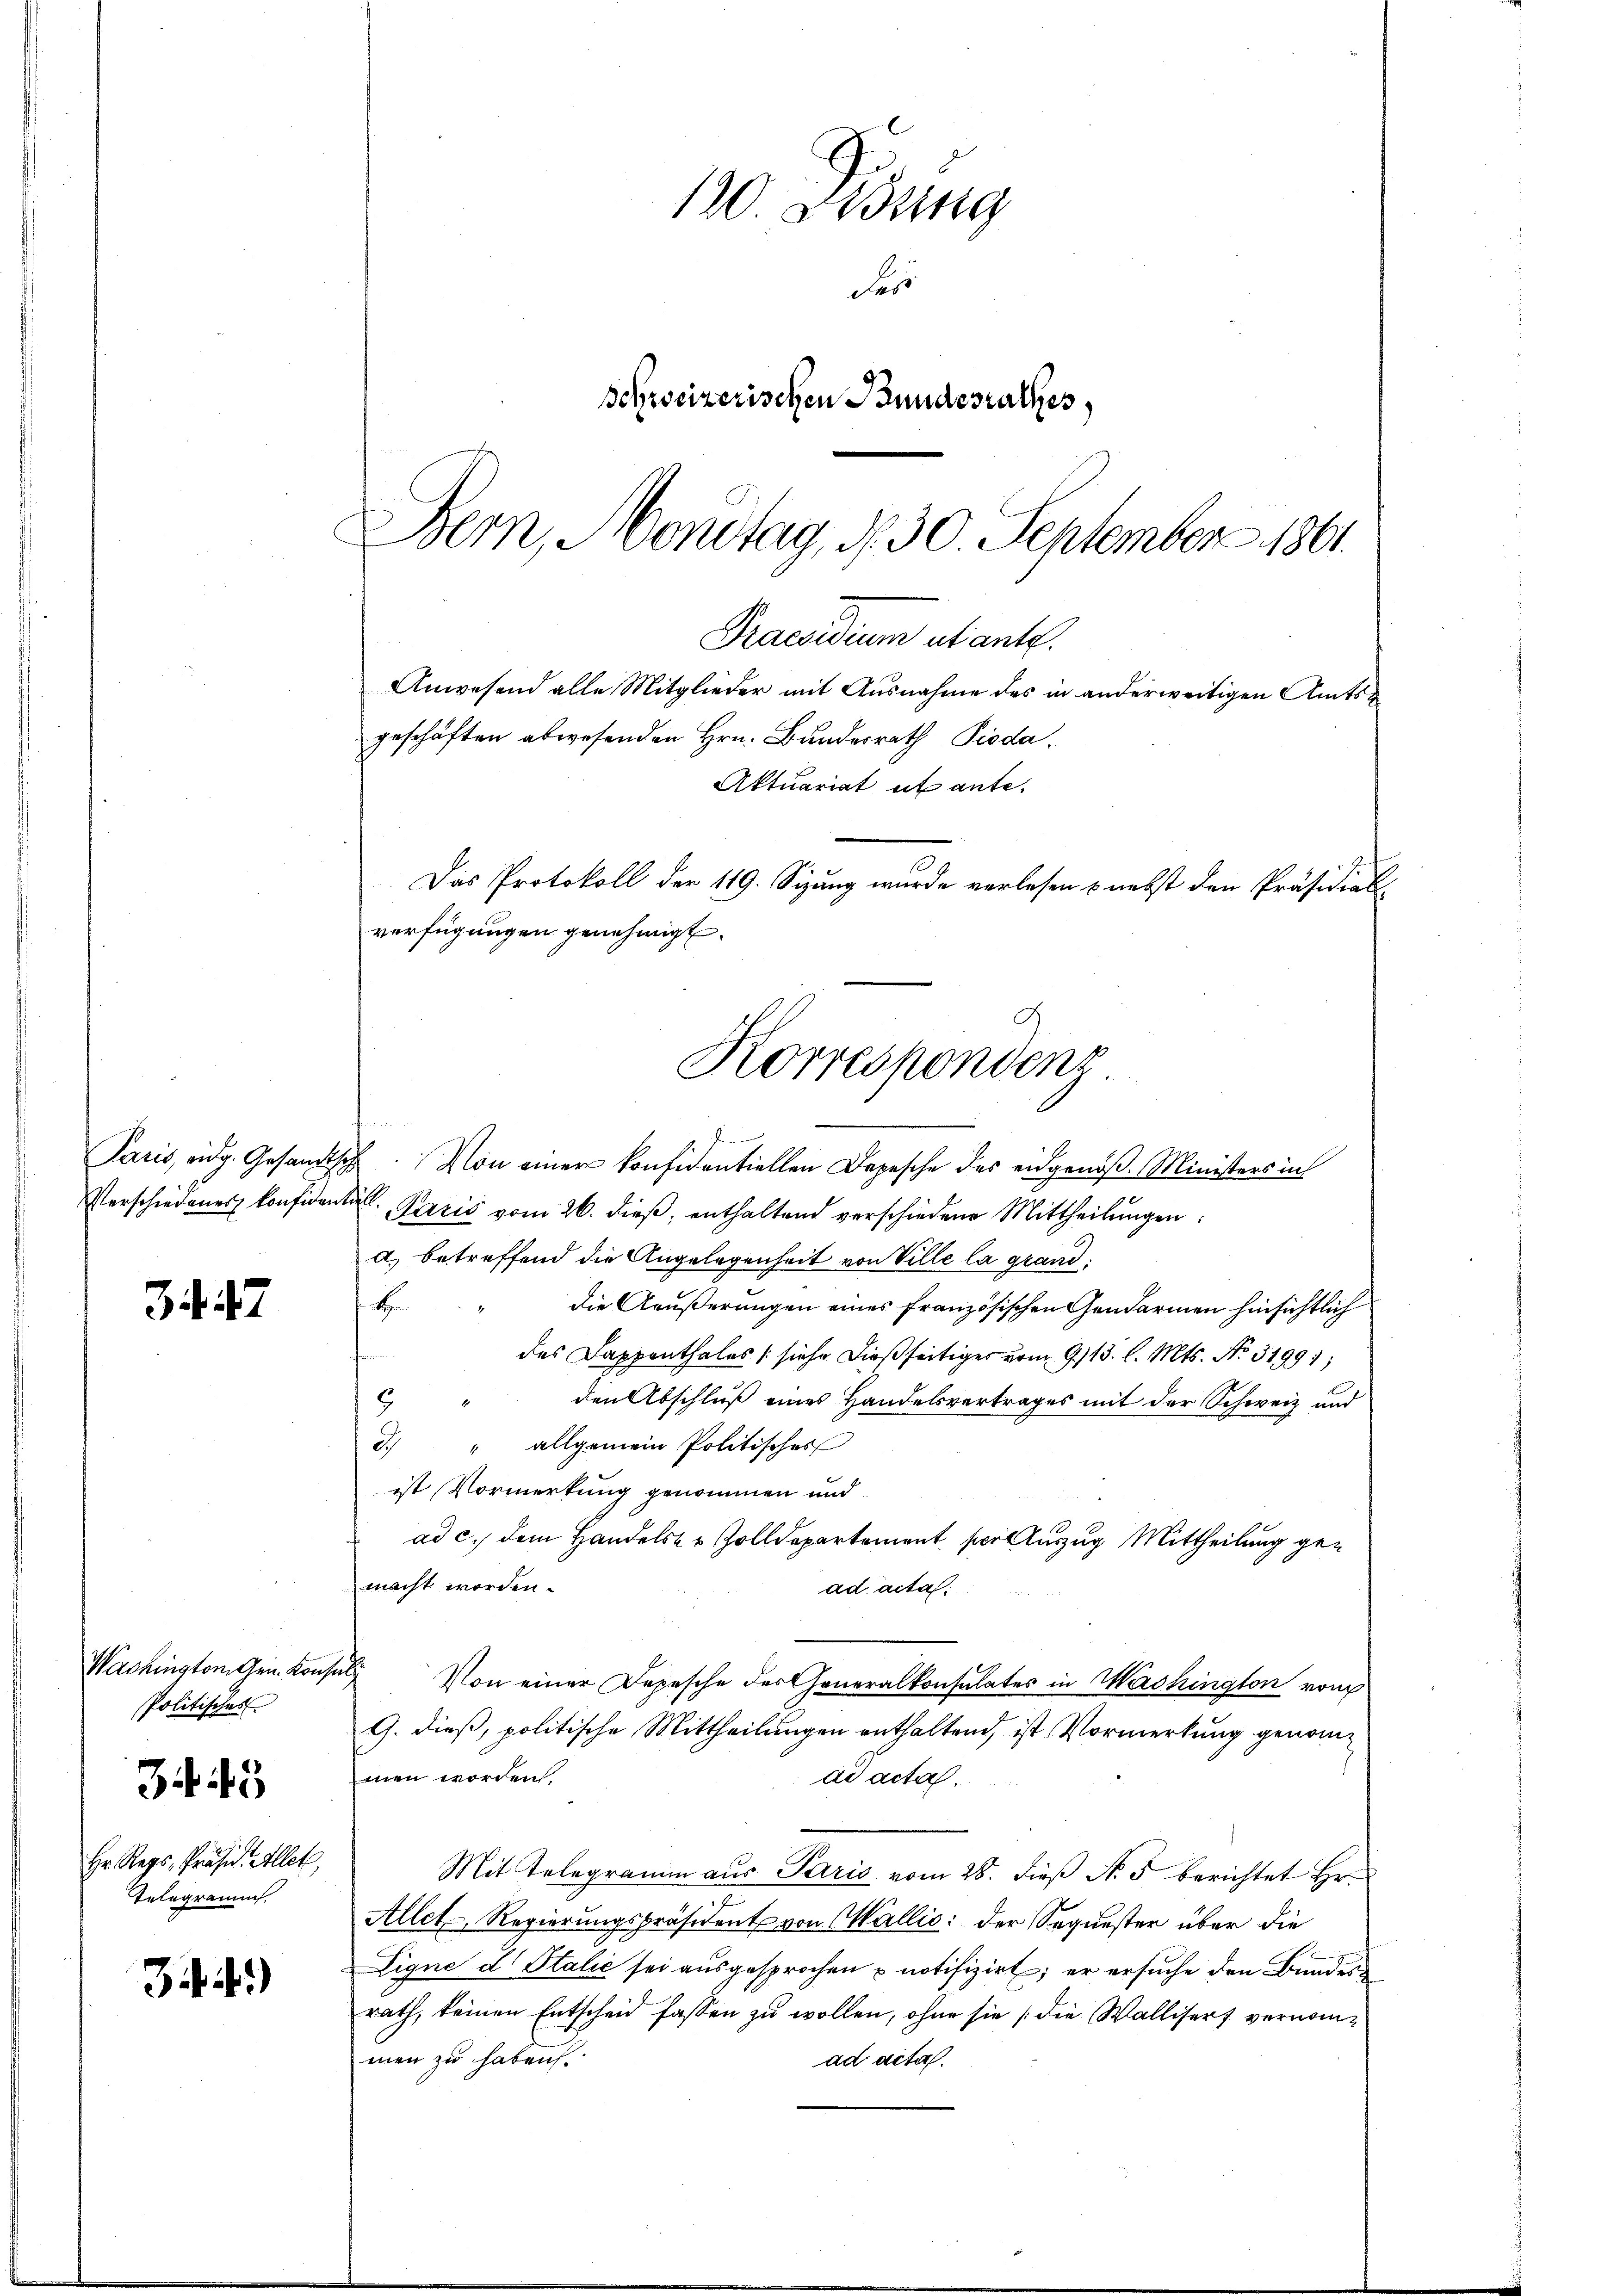
Paris, eidg. Gesandt

347

Wachington Gen. Kon,
Politisches

3443

Hr. Regs, Präsid. Illet,
Telegramt.

34)

sch. Von einer konfidentiellen Depesche des eidgenöß. Ministers in
Verschiedenes konfidentis Paris vom 26. dieß, enthaltend verschiedene Mittheilungen
a) betreffend die Angelegenheit von Ville la grand
H
die Aeußerungen eines französischen Gendarmen hinsichtlich
e
des Dappenthales (siehe dießseitiges vom 9. 13. l. Mts. No. 31991;
den Abschluß eines Handelsvertrages mit der Schweiz und
9
3. " allgemein Politisches
ist Vormerkung genommen und
ad c.) dem Handelser Zolldepartement per Auszug Mittheilung gemacht worden.
ad acta.
ch
Von einer Depesche des Generalkonsulates in Washington von
G. dieß, politische Mittheilungen enthaltend, ist Vormerkung genommen worden.
ad acta.
Mit Telegramm aus Paris vom 28. dieß N. 5 berichtet Hr.
Allet, Regierungspräsident von Wallis: der Sequester über die
Ligne d Italić sei ausgesprochen u notifizirt; er ersuche den Bundes
rath, keinen Entscheid fassen zu wollen, ohne sie die Wallisers vernommen zu haben.
ad acta.

120 Didung
des
Schweizerischen Bundesrathes,
Bern, Montag, d. 30. September 1861.

Praesidium utante.
Anwesend alle Mitglieder mit Ausnahme des in anderweitigen Amtsgeschäften abwesenden Hrn. Bundesrath Pioda.
Aktuariat ut ante-
Das Protokoll der 119. Sizung wurde verlesen & nebst den Präsidiat
verfügungen genehmigt.
Korrespondenz
J